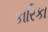
કારિકા